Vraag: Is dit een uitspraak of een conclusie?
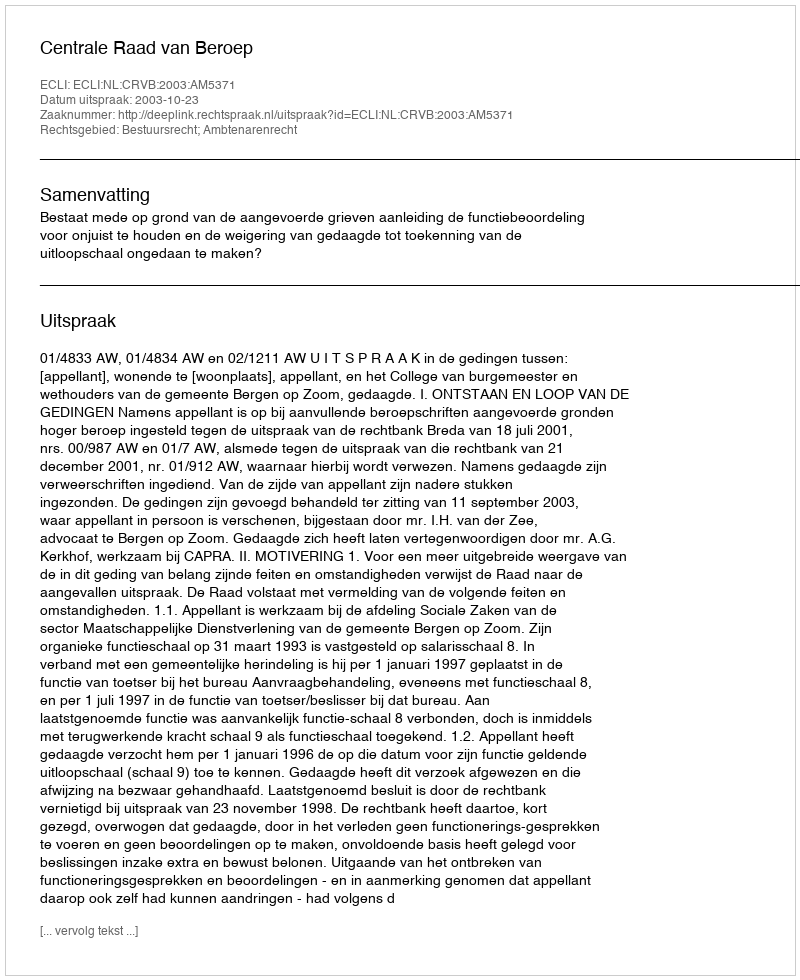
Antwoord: Uitspraak